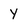
Character: Y